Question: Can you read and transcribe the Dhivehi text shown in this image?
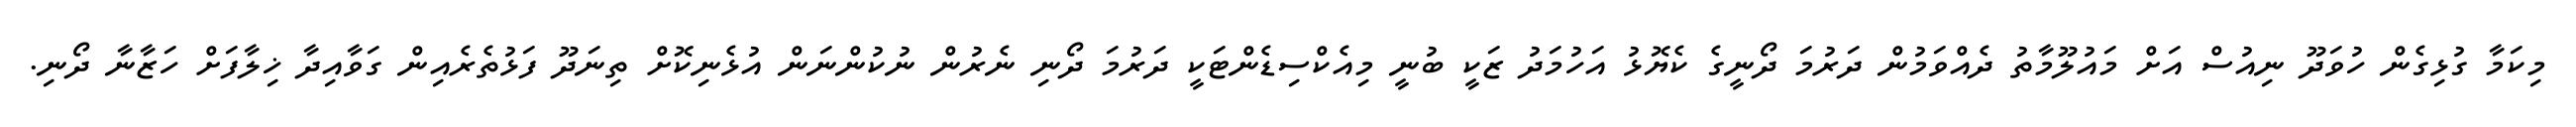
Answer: މިކަމާ ގުޅިގެން ހުވަދޫ ނިއުސް އަށް މައުލޫމާތު ދެއްވަމުން ދަރުމަ ދޯނީގެ ކެޔޮޅު އަހުމަދު ޒަކީ ބުނީ މިއެކްސިޑެންޓަކީ ދަރުމަ ދޯނި ނެރުން ނުކުންނަން އުޅެނިކޮށް ތިނަދޫ ފަޅުތެރެއިން ގަވާއިދާ ޚިލާފަށް ހަޒާނާ ދޯނި.